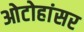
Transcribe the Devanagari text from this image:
ओटोहांसर